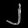
Digit: ၂